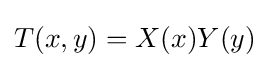
T(x,y)=X(x)Y(y)